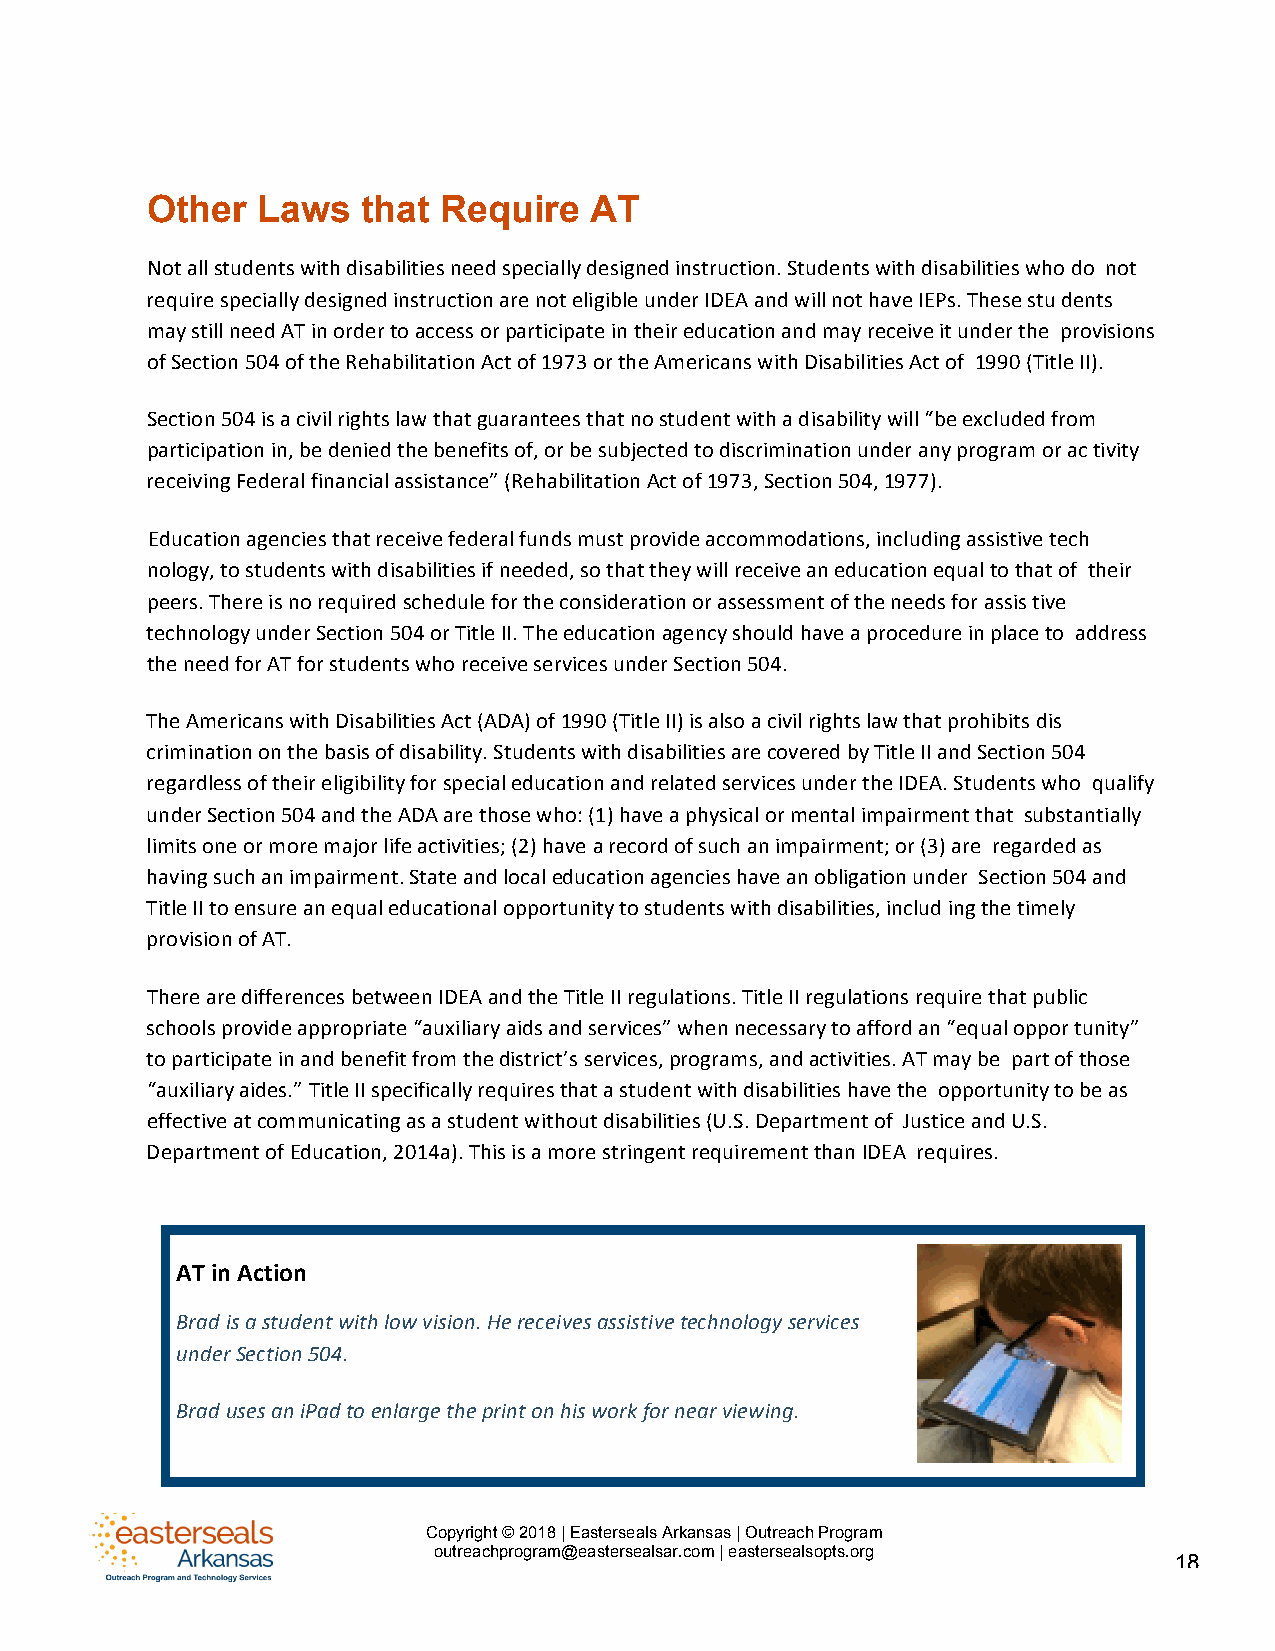
Other  Laws   that Require   AT
 Not all students with disabilities need specially designed instruction. Students with disabilities who do not
 require specially designed instruction are not eligible under IDEA and will not have IEPs. These stu dents
 may still need AT in order to access or participate in their education and may receive it under the provisions
 of Section 504 of the Rehabilitation Act of 1973 or the Americans with Disabilities Act of 1990 (Title II).
 Section 504 is a civil rights law that guarantees that no student with a disability will “be excluded from
 participation in, be denied the benefits of, or be subjected to discrimination under any program or ac tivity
 receiving Federal financial assistance” (Rehabilitation Act of 1973, Section 504, 1977).
 Education agencies that receive federal funds must provide accommodations, including assistive tech
 nology, to students with disabilities if needed, so that they will receive an education equal to that of their
 peers. There is no required schedule for the consideration or assessment of the needs for assis tive
 technology under Section 504 or Title II. The education agency should have a procedure in place to address
 the need for AT for students who receive services under Section 504.
 The Americans with Disabilities Act (ADA) of 1990 (Title II) is also a civil rights law that prohibits dis
 crimination on the basis of disability. Students with disabilities are covered by Title II and Section 504
 regardless of their eligibility for special education and related services under the IDEA. Students who qualify
 under Section 504 and the ADA are those who: (1) have a physical or mental impairment that substantially
 limits one or more major life activities; (2) have a record of such an impairment; or (3) are regarded as
 having such an impairment. State and local education agencies have an obligation under Section 504 and
 Title II to ensure an equal educational opportunity to students with disabilities, includ ing the timely
 provision of AT.
 There are differences between IDEA and the Title II regulations. Title II regulations require that public
 schools provide appropriate “auxiliary aids and services” when necessary to afford an “equal oppor tunity”
 to participate in and benefit from the district’s services, programs, and activities. AT may be part of those
 “auxiliary aides.” Title II specifically requires that a student with disabilities have the opportunity to be as
 effective at communicating as a student without disabilities (U.S. Department of Justice and U.S.
 Department of Education, 2014a). This is a more stringent requirement than IDEA requires.
 AT in Action
 Brad is a student with low vision. He receives assistive technology services
 under Section 504.
 Brad uses an iPad to enlarge the print on his work for near viewing.
 Copyright © 2018 | Easterseals Arkansas | Outreach Program
 outreachprogram@eastersealsar.com | eastersealsopts.org
 18